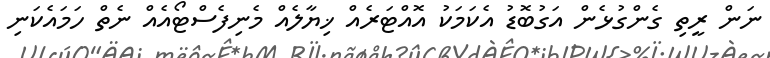
ނަން ރީތި ގެންގުޅެން އަގުބޮޑު އެކަމަކު އޮއްޓަރެއް ޚިޔާލެއް މެނިފެސްޓޯއެއް ނެތް ހަމައެކަނި